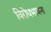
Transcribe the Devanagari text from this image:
विरोधभावना